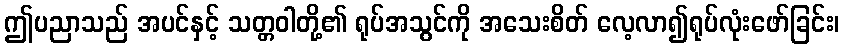
ဤပညာသည် အပင်နှင့် သတ္တဝါတို့၏ ရုပ်အသွင်ကို အသေးစိတ် လေ့လာ၍ရုပ်လုံးဖော်ခြင်း၊